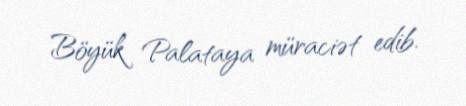
Böyük Palataya müraciət edib.